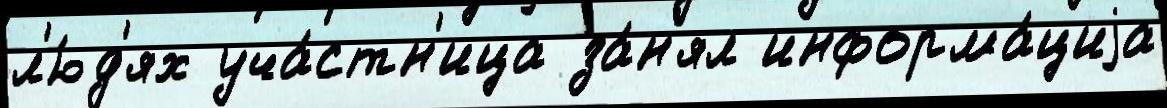
л'ю́д'ях уча́стн'ица за́н'ял информа́циjа